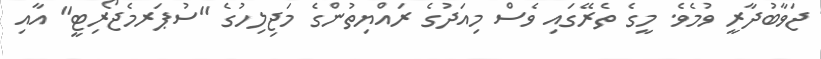
ޖަވާބުދާރީ ވުމެވެ. މީގެ ތެރޭގައި ވެސް މިއަދުގެ ރައްޔިތުންގެ މަޖިލިހުގެ "ސުޕަރމެޖޯރިޓީ" އާއި